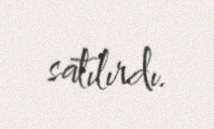
satılırdı.